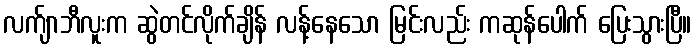
လက်ျာဘီလူးက ဆွဲတင်လိုက်ချိန် လန့်နေသော မြင်းလည်း ကဆုန်ပေါက် ပြေးသွားပြီ။